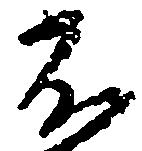
不